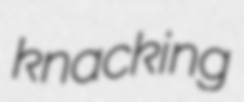
knacking